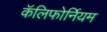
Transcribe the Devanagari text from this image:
कॅलिफोर्नियम